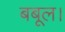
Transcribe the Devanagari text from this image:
बबूल।